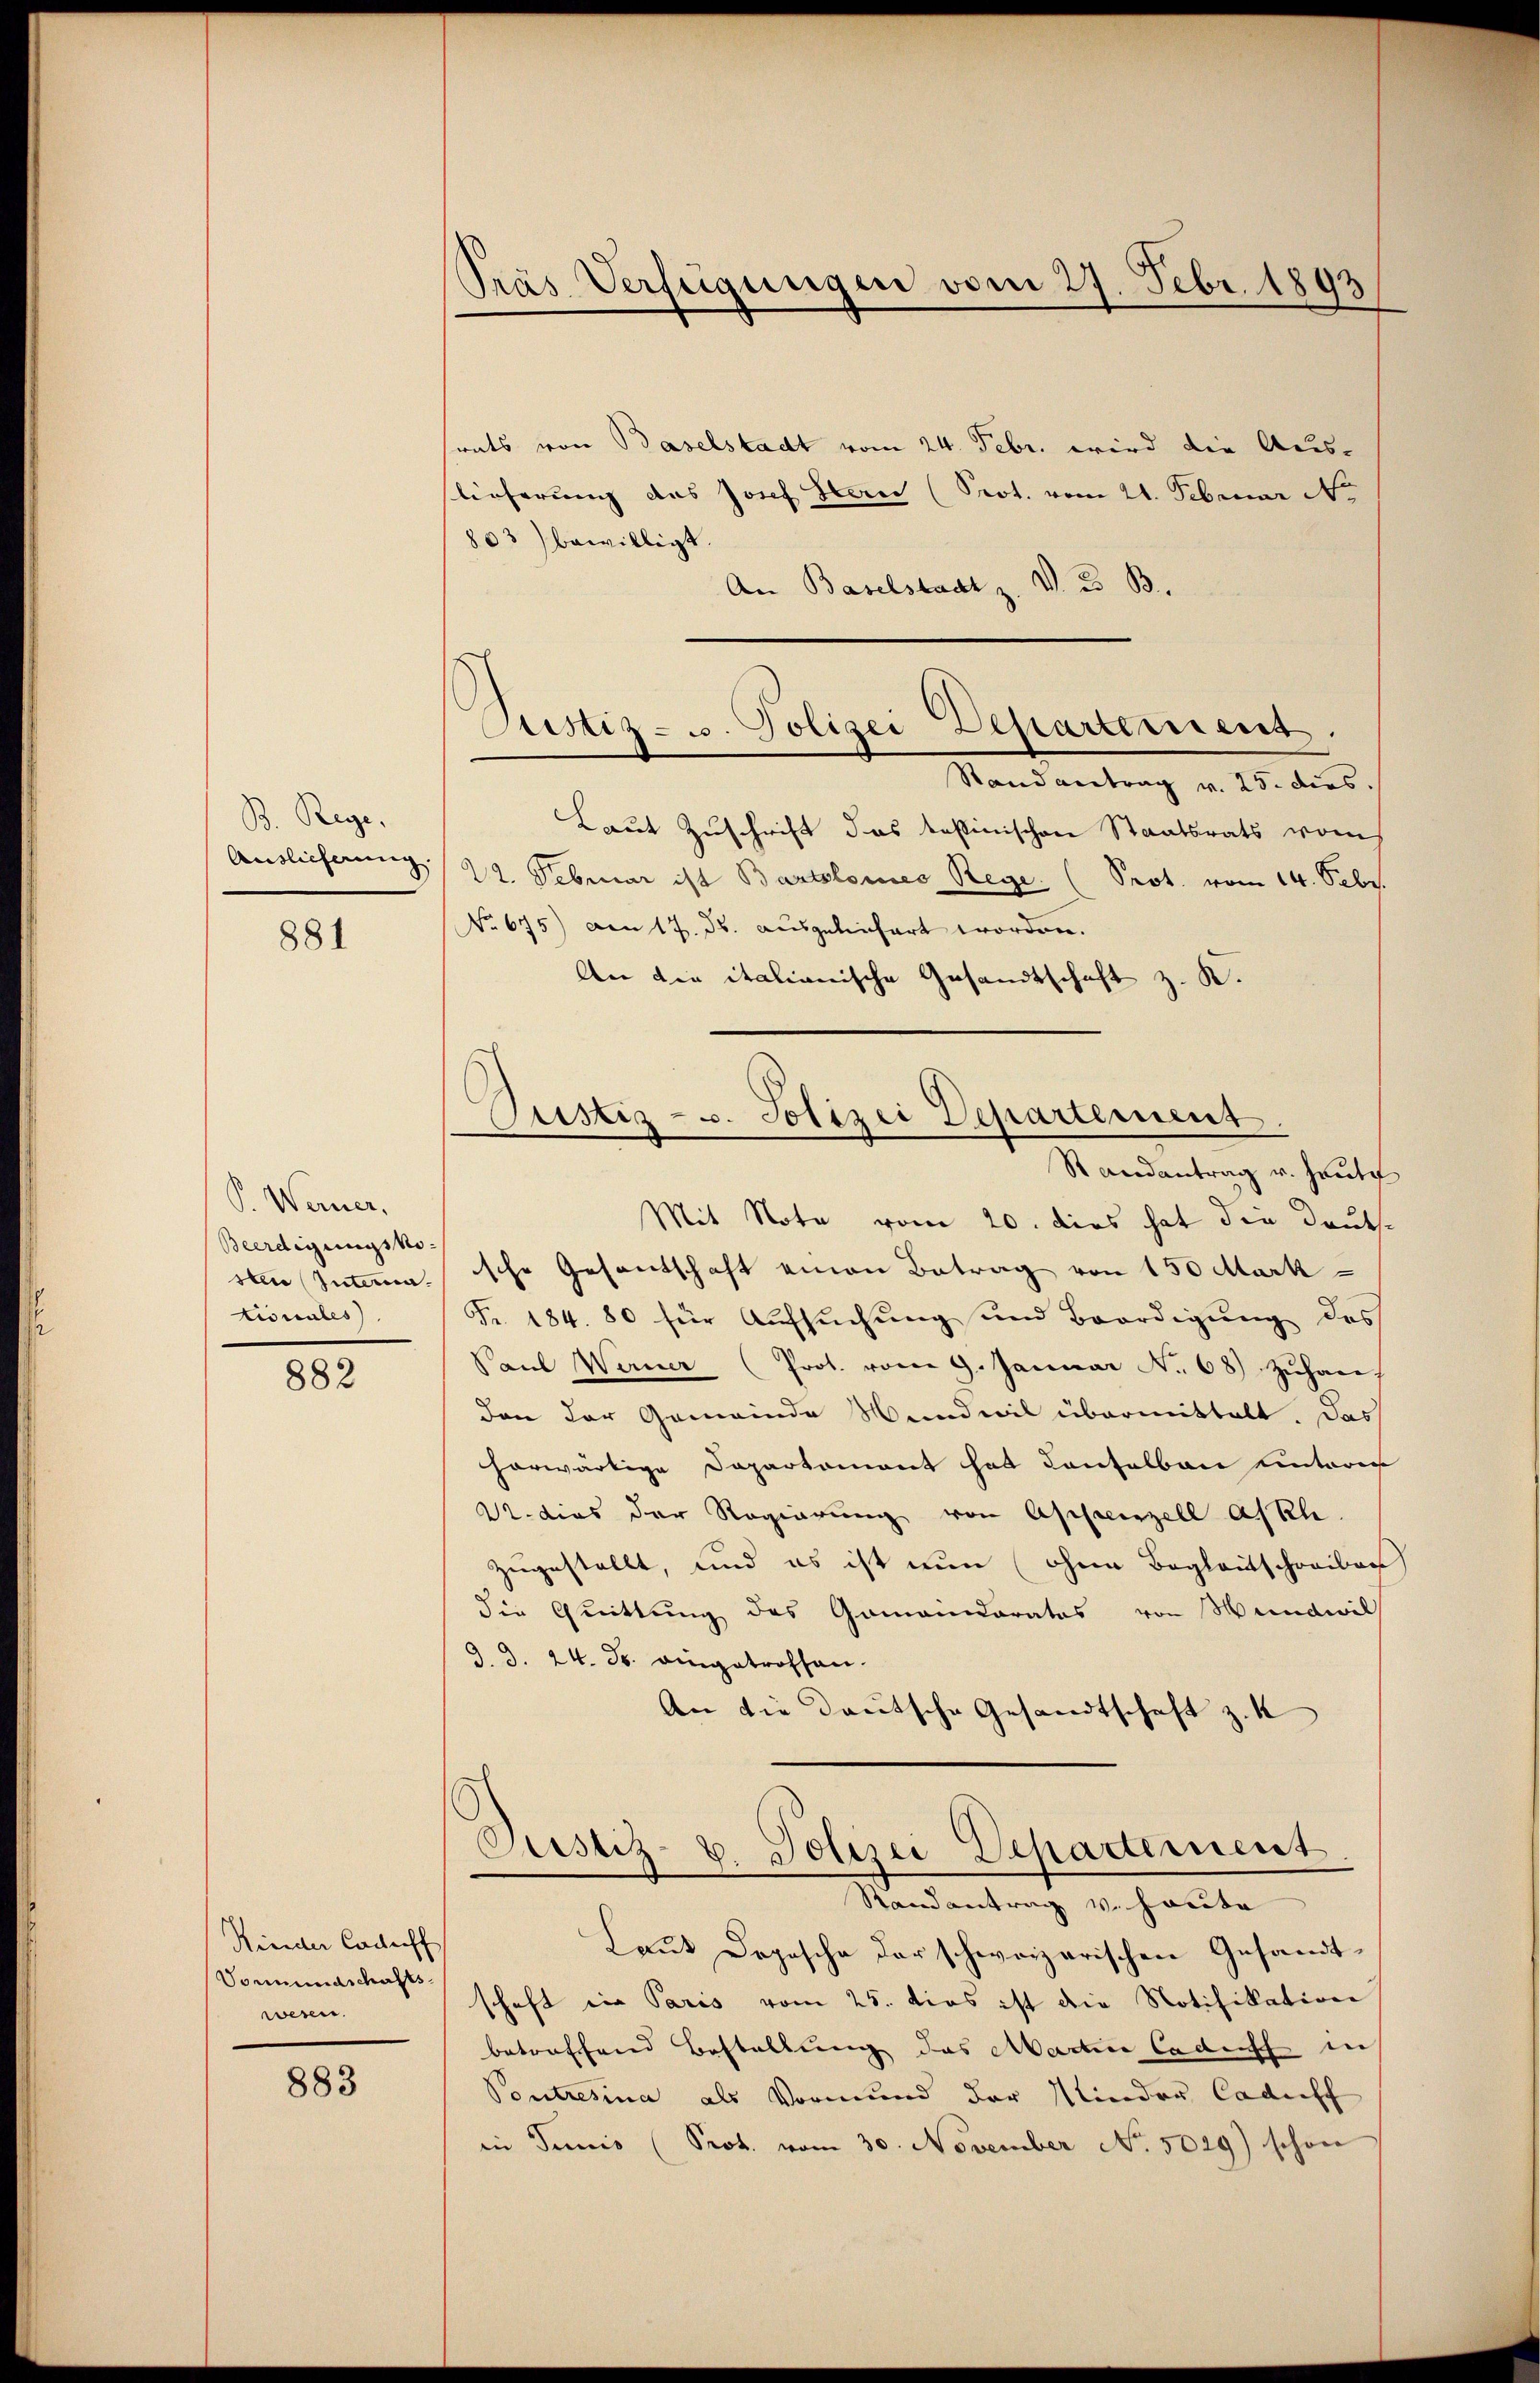
B. Rege
Auslieferung.

881

P. Werner,
Beerdigungskosten Interia.
tionales).

882

Kinder Codeff
Vomundschafts-
wesen.

883

Pras Verfügungen vom 27. Febr. 1893

Justiz- u. Polizei Departement.
Stand antrag v. 25. dies.

srats von Baselstadt vom 24. Febr. wird die Aus-
lieferung des Josef Herr (Prot. vom 21. Februar Ne
803) bewilligt.
An Baselstadt z. V. B. B.
Laut Zuschrift das testinischen Staatsrats vom
22. Februar ist Bartolomes Rege. (Prot. vom 14. Febr.
No 675) Den 17. ds. ausgelinhart worden.
An die italianische Gesandtschaft z. K.
Justiz- u. Polizei Departement.
Randantrag u. heute
Mit Note vom 20. dies hat die Deutssche Gesantschaft einen Betrag von 150 Mark¬
Fr. 184. 80 für Aŭfsŭchŭng und Beerdigŭng des
Paŭl Werner (Prot. vom 9. Januar No 68) zŭhan
den der Gemeinde Wundwil übermittelt. Das
horwärtige Departement hat Contalban Unterer
M. dies der Regierung von Appenzell Asph
zugestellt, und es ist nun ohne Begleitschreiben
die Quittung des Gomaindorates von Mundwil
3. d. 24. Fr. eingetroffen.
An die deutsche Gesandtschaft z. K

Justiz- u. Polizei Departement
Randantrag v. Haute

Laut Depesche der schweizerischen Gesandtschaft ein Paris vom 25. dies ist die Notifikation
betraffend Bestellung das Martin laden in
Poutresina als Vormund der Kinder Cadeff
in Tunis (Prot. vom 30. November No. 5029) schon